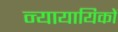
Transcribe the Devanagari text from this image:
न्यायायिकों